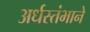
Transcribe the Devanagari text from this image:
अर्धस्तंभाने